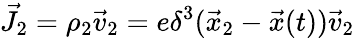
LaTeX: \vec{J}_{2}=\rho_{2}\vec{v}_{2}=e\delta^{3}(\vec{x}_{2}-\vec{x}(t))\vec{v}_{2}